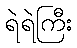
ရဲရဲကြီး